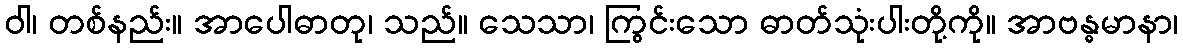
ဝါ၊ တစ်နည်း။ အာပေါဓာတု၊ သည်။ သေသာ၊ ကြွင်းသော ဓာတ်သုံးပါးတို့ကို။ အာဗန္ဓမာနာ၊